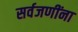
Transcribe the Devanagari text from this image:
सर्वजणींना